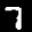
Label: 7